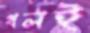
খলই